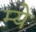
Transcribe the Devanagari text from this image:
म्ये